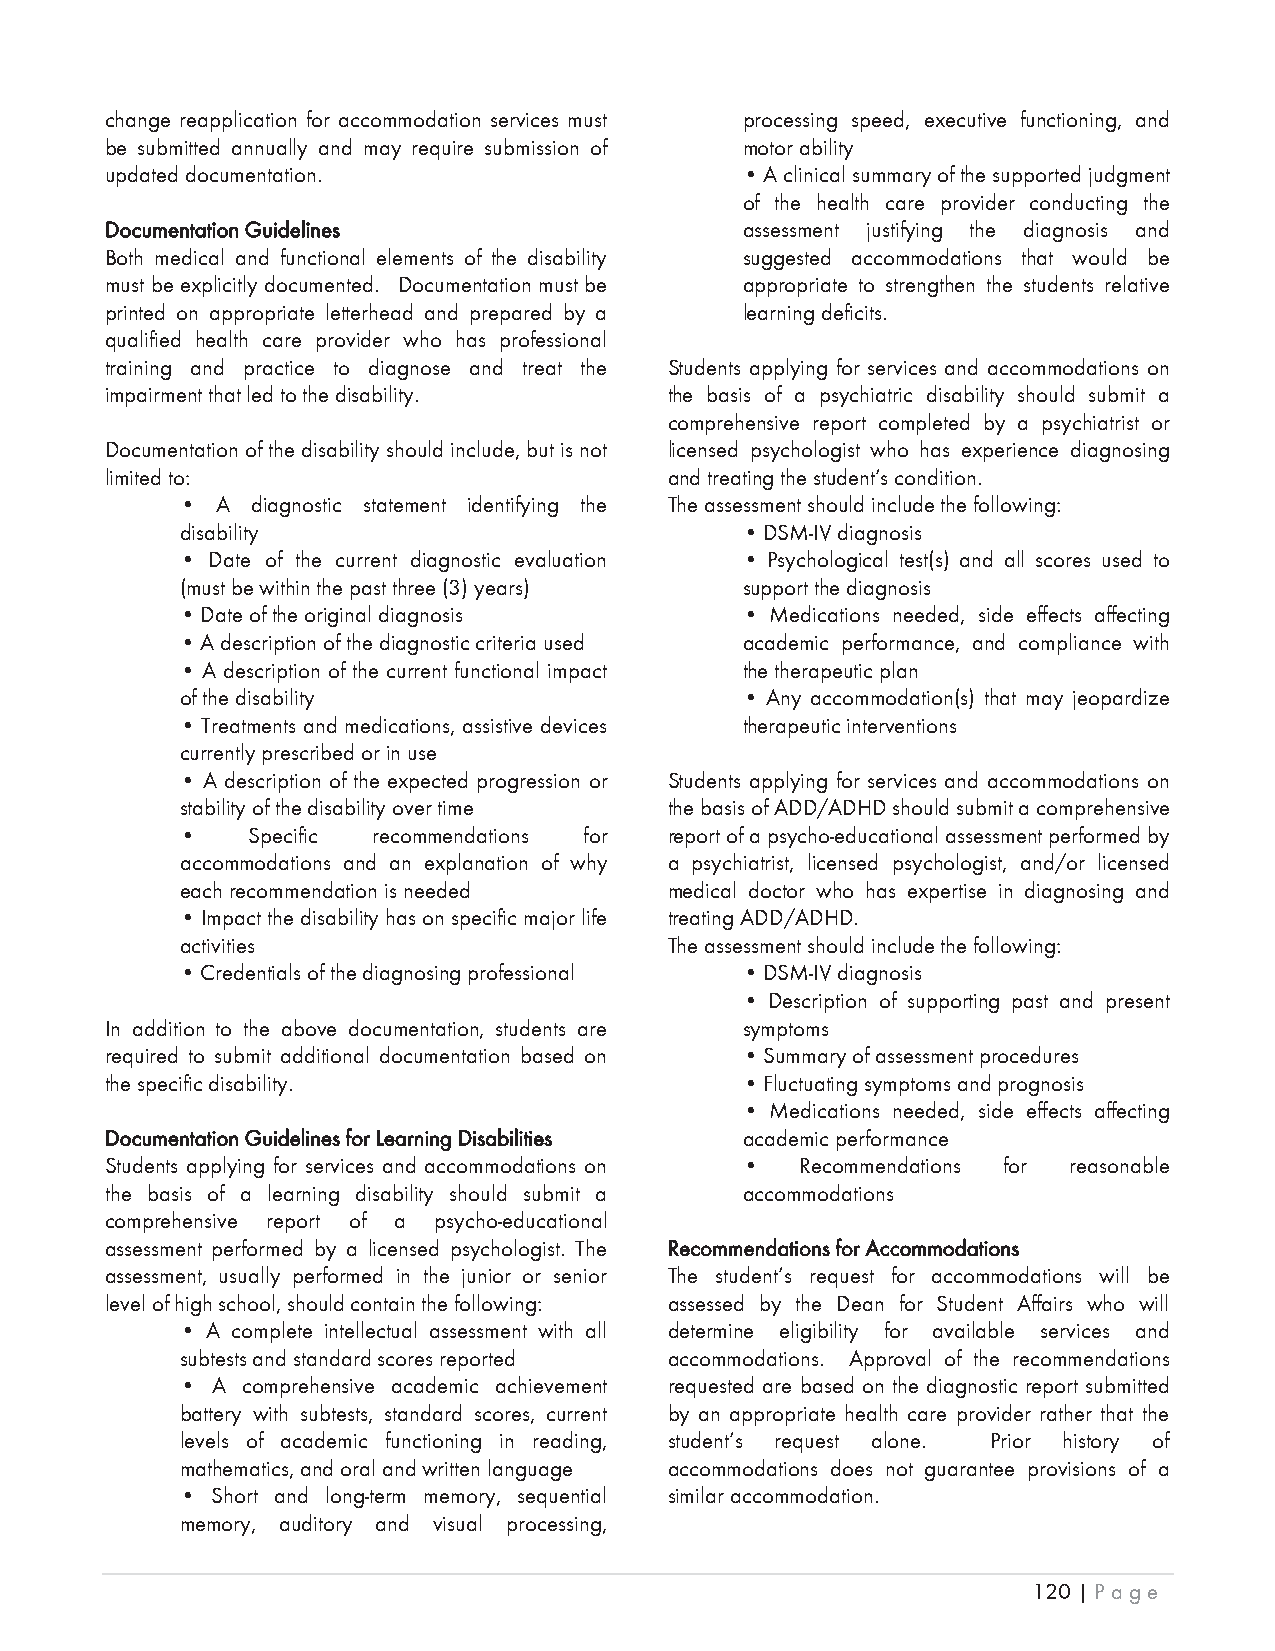
change reapplication for accommodation services must processing speed, executive functioning, and
 be submitted annually and may require submission of motor ability
 updated documentation.                    • A clinical summary of the supported judgment
 of the health care provider conducting the
 DDocumentation Guidelines                 assessment justifying the diagnosis and
 Both medical and functional elements of the disability suggested accommodations that would be
 must be explicitly documented. Documentation must be appropriate to strengthen the students relative
 printed on appropriate letterhead and prepared by a learning deficits.
 qualified health care provider who has professional
 training and practice to diagnose and treat the Students applying for services and accommodations on
 impairment that led to the disability. the basis of a psychiatric disability should submit a
 comprehensive report completed by a psychiatrist or
 Documentation of the disability should include, but is not licensed psychologist who has experience diagnosing
 limited to:                          and treating the student’s condition.
 • A  diagnostic statement identifying the The assessment should include the following:
 disability                           • DSM-IV diagnosis
 • Date of the current diagnostic evaluation • Psychological test(s) and all scores used to
 (must be within the past three (3) years) support the diagnosis
 • Date of the original diagnosis     • Medications needed, side effects affecting
 • A description of the diagnostic criteria used academic performance, and compliance with
 • A description of the current functional impact the therapeutic plan
 of the disability                    • Any accommodation(s) that may jeopardize
 • Treatments and medications, assistive devices therapeutic interventions
 currently prescribed or in use
 • A description of the expected progression or Students applying for services and accommodations on
 stability of the disability over time the basis of ADD/ADHD should submit a comprehensive
 •   Specific recommendations for report of a psycho-educational assessment performed by
 accommodations and an explanation of why a psychiatrist, licensed psychologist, and/or licensed
 each recommendation is needed   medical doctor who has expertise in diagnosing and
 • Impact the disability has on specific major life treating ADD/ADHD.
 activities                      The assessment should include the following:
 • Credentials of the diagnosing professional • DSM-IV diagnosis
 • Description of supporting past and present
 In addition to the above documentation, students are symptoms
 required to submit additional documentation based on • Summary of assessment procedures
 the specific disability.                  • Fluctuating symptoms and prognosis
 • Medications needed, side effects affecting
 Documentation Guidelines for Learning Disabilities academic performance
 Students applying for services and accommodations on • Recommendations for reasonable
 the basis of a learning disability should submit a accommodations
 comprehensive report of a psycho-educational
 assessment performed by a licensed psychologist. The Recommendations for Accommodations
 assessment, usually performed in the junior or senior The student’s request for accommodations will be
 level of high school, should contain the following: assessed by the Dean for Student Affairs who will
 • A complete intellectual assessment with all determine eligibility for available services and
 subtests and standard scores reported accommodations. Approval of the recommendations
 • A comprehensive academic achievement requested are based on the diagnostic report submitted
 battery with subtests, standard scores, current by an appropriate health care provider rather that the
 levels of academic functioning in reading, student’s request alone. Prior history of
 mathematics, and oral and written language accommodations does not guarantee provisions of a
 • Short and long-term memory, sequential similar accommodation.
 memory, auditory and visual processing,
 120 | Page